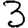
Digit: 3